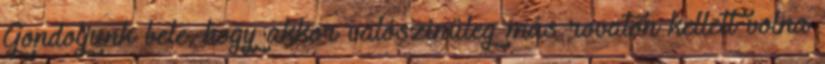
Gondoljunk bele, hogy akkor valószínűleg más rovaton kellett volna